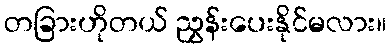
တခြားဟိုတယ် ညွှန်းပေးနိုင်မလား။